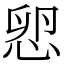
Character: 㤻